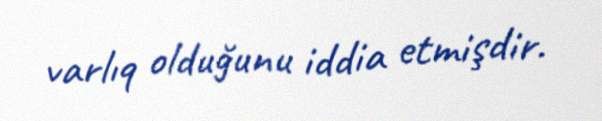
varlıq olduğunu iddia etmişdir.